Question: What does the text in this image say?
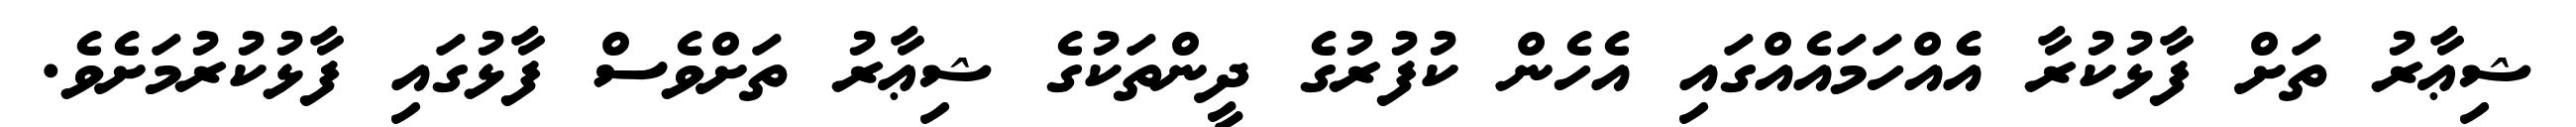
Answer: ޝިޢާރު ތަށް ފާޅުކުރާ އެެއްހަމައެއްގައި އެހެން ކުފުރުގެ ދީންތަކުގެ ޝިޢާރު ތަށްވެސް ފާޅުގައި ފާޅުކުރުމަށެވެ.